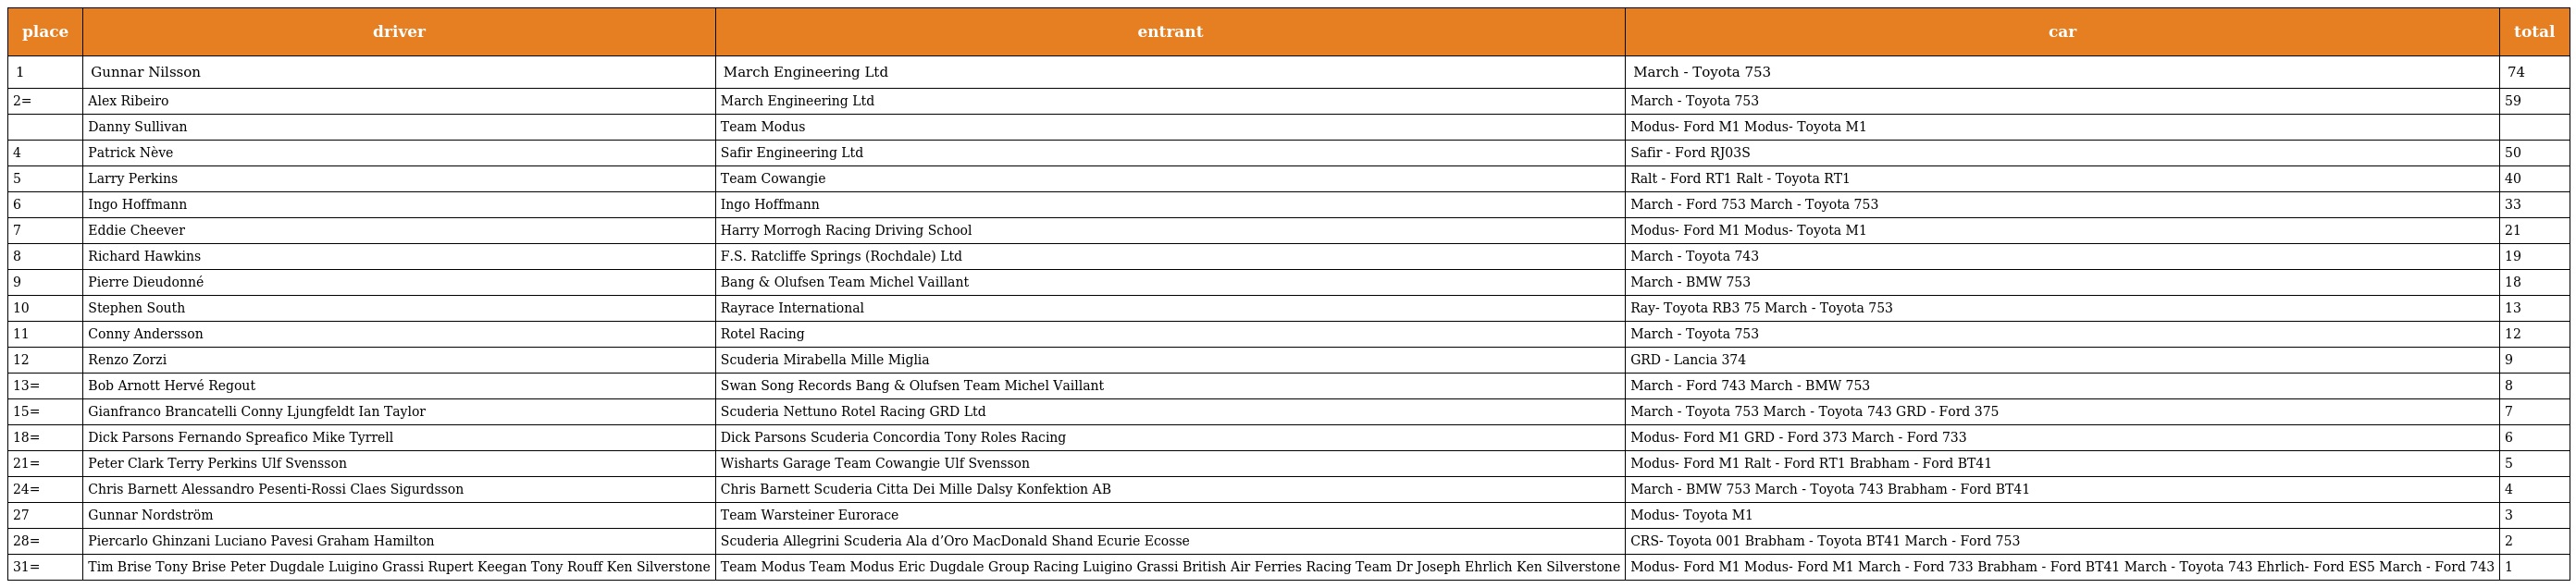
| place | driver | entrant | car | total |
 | --- | --- | --- | --- | --- |
 | 1 | Gunnar Nilsson | March Engineering Ltd | March - Toyota 753 | 74 |
 | 2= | Alex Ribeiro | March Engineering Ltd | March - Toyota 753 | 59 |
 |  | Danny Sullivan | Team Modus | Modus- Ford M1 Modus- Toyota M1 |  |
 | 4 | Patrick Nève | Safir Engineering Ltd | Safir - Ford RJ03S | 50 |
 | 5 | Larry Perkins | Team Cowangie | Ralt - Ford RT1 Ralt - Toyota RT1 | 40 |
 | 6 | Ingo Hoffmann | Ingo Hoffmann | March - Ford 753 March - Toyota 753 | 33 |
 | 7 | Eddie Cheever | Harry Morrogh Racing Driving School | Modus- Ford M1 Modus- Toyota M1 | 21 |
 | 8 | Richard Hawkins | F.S. Ratcliffe Springs (Rochdale) Ltd | March - Toyota 743 | 19 |
 | 9 | Pierre Dieudonné | Bang & Olufsen Team Michel Vaillant | March - BMW 753 | 18 |
 | 10 | Stephen South | Rayrace International | Ray- Toyota RB3 75 March - Toyota 753 | 13 |
 | 11 | Conny Andersson | Rotel Racing | March - Toyota 753 | 12 |
 | 12 | Renzo Zorzi | Scuderia Mirabella Mille Miglia | GRD - Lancia 374 | 9 |
 | 13= | Bob Arnott Hervé Regout | Swan Song Records Bang & Olufsen Team Michel Vaillant | March - Ford 743 March - BMW 753 | 8 |
 | 15= | Gianfranco Brancatelli Conny Ljungfeldt Ian Taylor | Scuderia Nettuno Rotel Racing GRD Ltd | March - Toyota 753 March - Toyota 743 GRD - Ford 375 | 7 |
 | 18= | Dick Parsons Fernando Spreafico Mike Tyrrell | Dick Parsons Scuderia Concordia Tony Roles Racing | Modus- Ford M1 GRD - Ford 373 March - Ford 733 | 6 |
 | 21= | Peter Clark Terry Perkins Ulf Svensson | Wisharts Garage Team Cowangie Ulf Svensson | Modus- Ford M1 Ralt - Ford RT1 Brabham - Ford BT41 | 5 |
 | 24= | Chris Barnett Alessandro Pesenti-Rossi Claes Sigurdsson | Chris Barnett Scuderia Citta Dei Mille Dalsy Konfektion AB | March - BMW 753 March - Toyota 743 Brabham - Ford BT41 | 4 |
 | 27 | Gunnar Nordström | Team Warsteiner Eurorace | Modus- Toyota M1 | 3 |
 | 28= | Piercarlo Ghinzani Luciano Pavesi Graham Hamilton | Scuderia Allegrini Scuderia Ala d’Oro MacDonald Shand Ecurie Ecosse | CRS- Toyota 001 Brabham - Toyota BT41 March - Ford 753 | 2 |
 | 31= | Tim Brise Tony Brise Peter Dugdale Luigino Grassi Rupert Keegan Tony Rouff Ken Silverstone | Team Modus Team Modus Eric Dugdale Group Racing Luigino Grassi British Air Ferries Racing Team Dr Joseph Ehrlich Ken Silverstone | Modus- Ford M1 Modus- Ford M1 March - Ford 733 Brabham - Ford BT41 March - Toyota 743 Ehrlich- Ford ES5 March - Ford 743 | 1 |